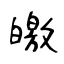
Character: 皦